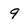
Character: 9